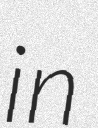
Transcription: in